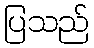
ပြသည်